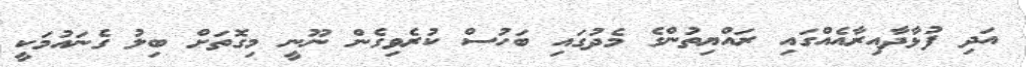
އަދި ފުޅާދާއިރާއެއްގައި ރައްޔިތުންގެ މެދުގައި ބަހުސް ކުރެވިގެން ނޫނީ މިގޮތަށް ބިލު ގެނައުމަކީ